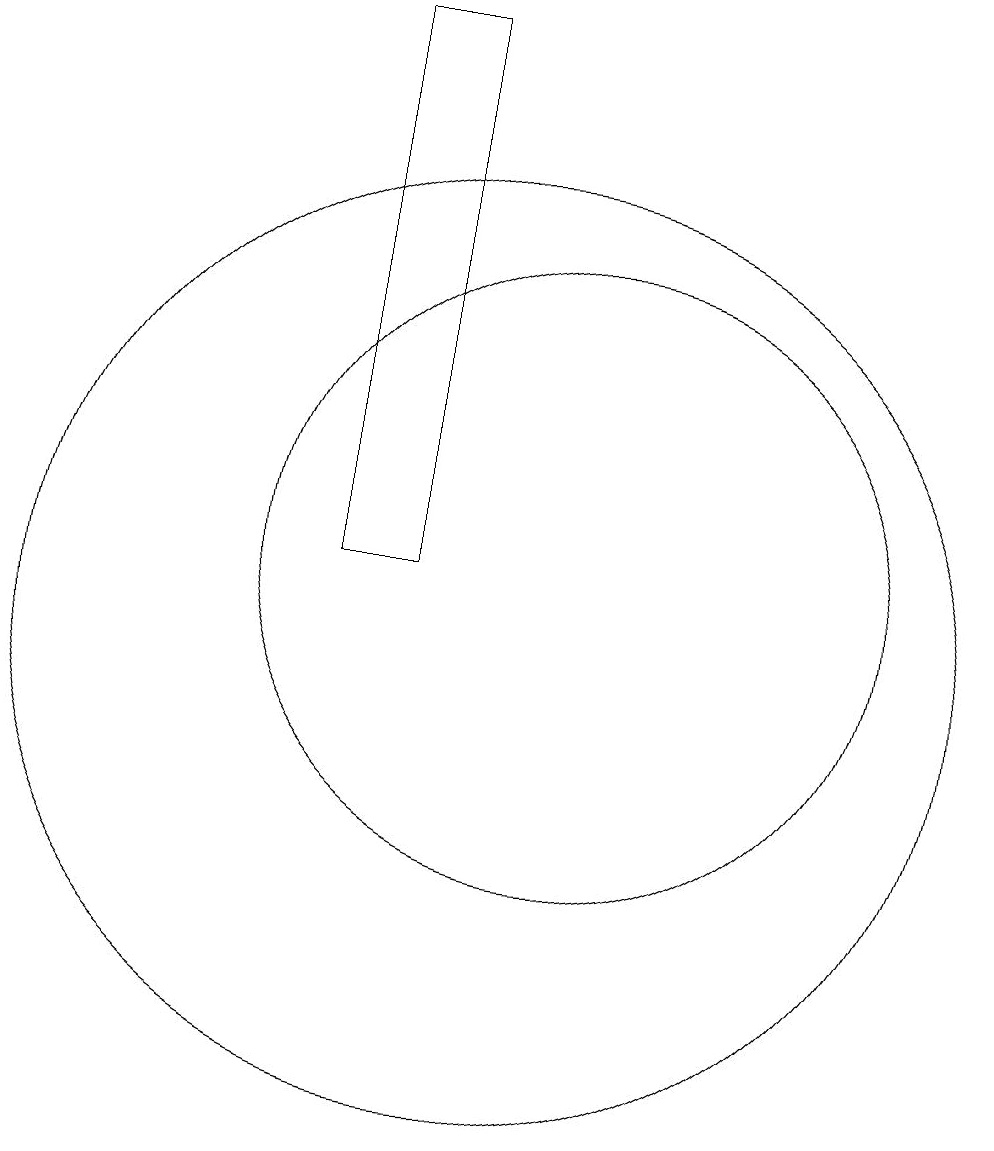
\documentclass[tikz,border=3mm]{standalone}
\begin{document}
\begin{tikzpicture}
\draw (10,10) circle (6);
\draw (11,11) circle (4);
\draw (8,11) rectangle (9,18);
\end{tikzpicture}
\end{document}